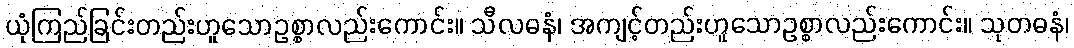
ယုံကြည်ခြင်းတည်းဟူသောဥစ္စာလည်းကောင်း။ သီလဓနံ၊ အကျင့်တည်းဟူသောဥစ္စာလည်းကောင်း။ သုတဓနံ၊